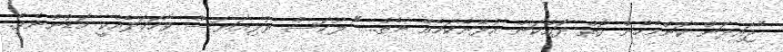
"ޖައިދަން ކޮންމެހެން ގޮތް ދައްކަން އުޅޭނެކަމެއް ނެތް..." ލޫކަސް ރުޅިއަޔަސް ވާހަކަދެއްކީ މަޑުންނެވެ.